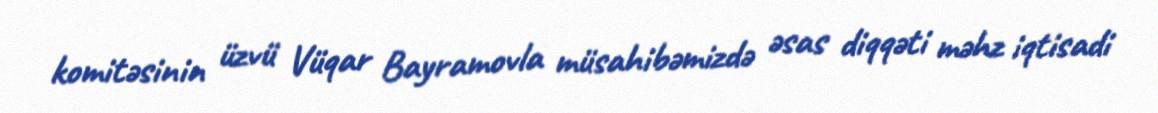
komitəsinin üzvü Vüqar Bayramovla müsahibəmizdə əsas diqqəti məhz iqtisadi